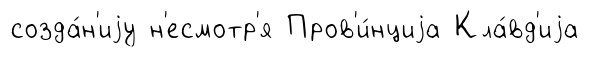
созда́н'иjу н'есмотр'я Пров'и́нциjа Кла́вд'иjа